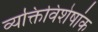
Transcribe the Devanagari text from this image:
व्यक्तिविशेषांक